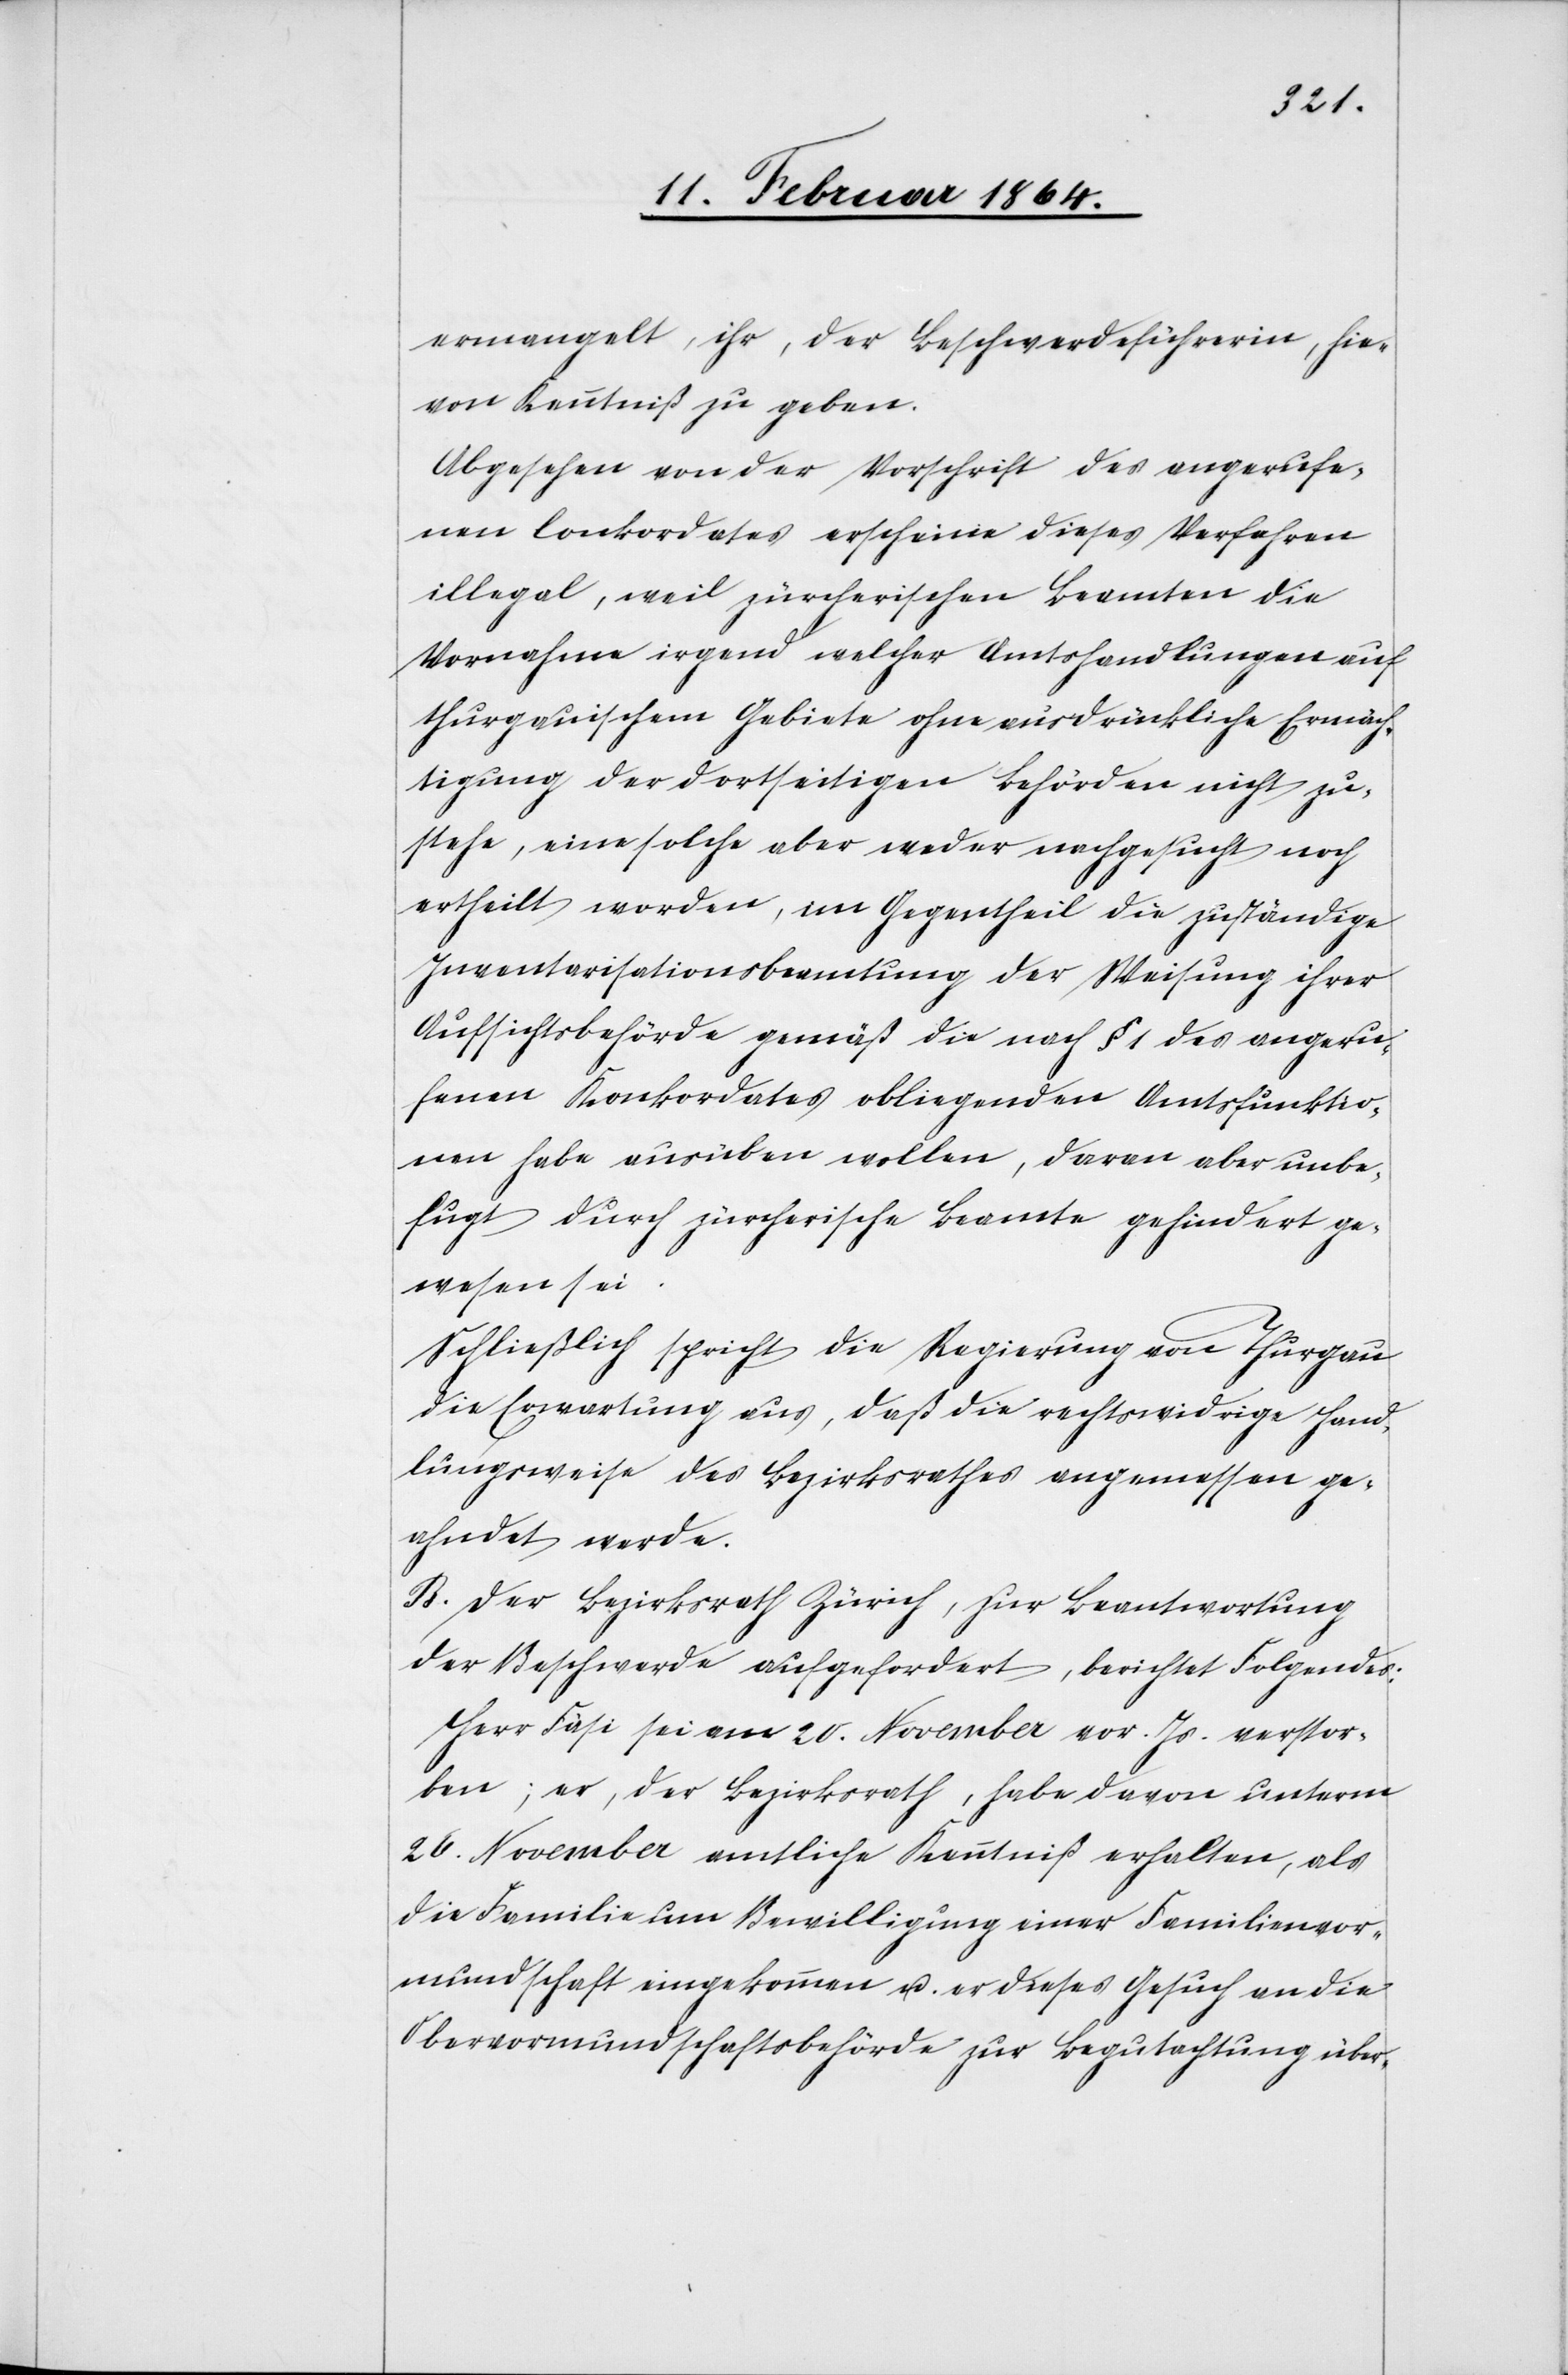
ermangelt, ihr, der Beschwerdeführerin Ke¬
nntniß zu geben.
Abgesehen von der Vorschrift des angerufe¬
nen Conkordates erscheine dieses Verfahren
illegal, weil zürcherischen Beamten die
Vornahme irgend welcher Amtshandlungen auf
thurgauischem Gebiete ohne ausdrückliche Ermäch¬
tigung der dortseitigen Behörden nicht zu¬
stehe, eine solche aber weder nachgesucht noch
ertheilt worden, im Gegentheil die zuständige
Inventarisationsbeamtung der Weisung ihrer
Aufsichtsbehörde gemäß die nach § 1 des angeru¬
fenen Konkordates obliegenden Amtsfunktio¬
nen habe ausüben wollen, daran aber unbe¬
fugt durch zürcherische Beamte gehindert ge¬
wesen sei.
Schließlich spricht die Regierung von Thurgau
die Erwartung aus, daß die rechtswidrige Hand¬
lungsweise des Bezirksrathes angemessen ge¬
ahndet werde.
B. Der Bezirksrath Zürich, zur Beantwortung
der Beschwerde aufgefordert, berichtet Folgendes:
Herr Fäsi sei am 20. November vor. Js. verstor¬
ben, er, der Bezirksrath, habe davon unterm
26. November amtliche Kenntniß erhalten, als
die Familie um Bewilligung einer Familienvor¬
mundschaft eingekommen u. er dieses Gesuch an die
Obervormundschaftsbehörde zur Begutachtung über-